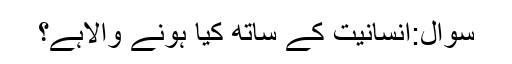
سوال:انسانیت کے ساتھ کیا ہونے والاہے؟